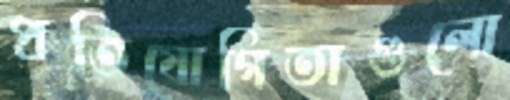
প্রতিযোগিতাগুলো